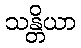
သန္တိယာ